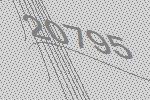
20795